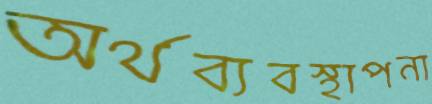
অর্থব্যবস্থাপনা